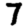
Digit: 7